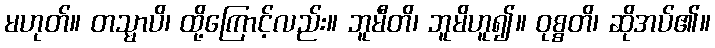
မဟုတ်။ တသ္မာပိ၊ ထို့ကြောင့်လည်း။ ဘူမီတိ၊ ဘူမိဟူ၍။ ဝုစ္စတိ၊ ဆိုအပ်၏။